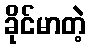
ခိုင်မာတဲ့